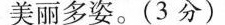
美丽多姿。(3分)